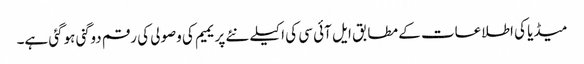
میڈیا کی اطلاعات کے مطابق ایل آئی سی کی اکیلے نئے پریمیم کی وصولی کی رقم دوگنی ہوگئی ہے۔